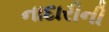
નાદારીની